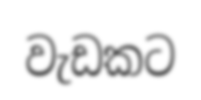
වැඩකට